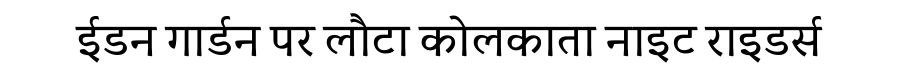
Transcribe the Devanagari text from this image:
ईडन गार्डन पर लौटा कोलकाता नाइट राइडर्स